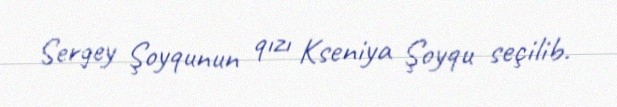
Sergey Şoyqunun qızı Kseniya Şoyqu seçilib.